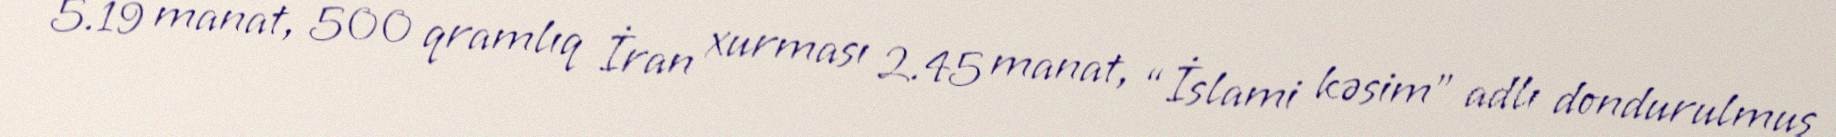
5.19 manat, 500 qramlıq İran xurması 2.45 manat, “İslami kəsim” adlı dondurulmuş